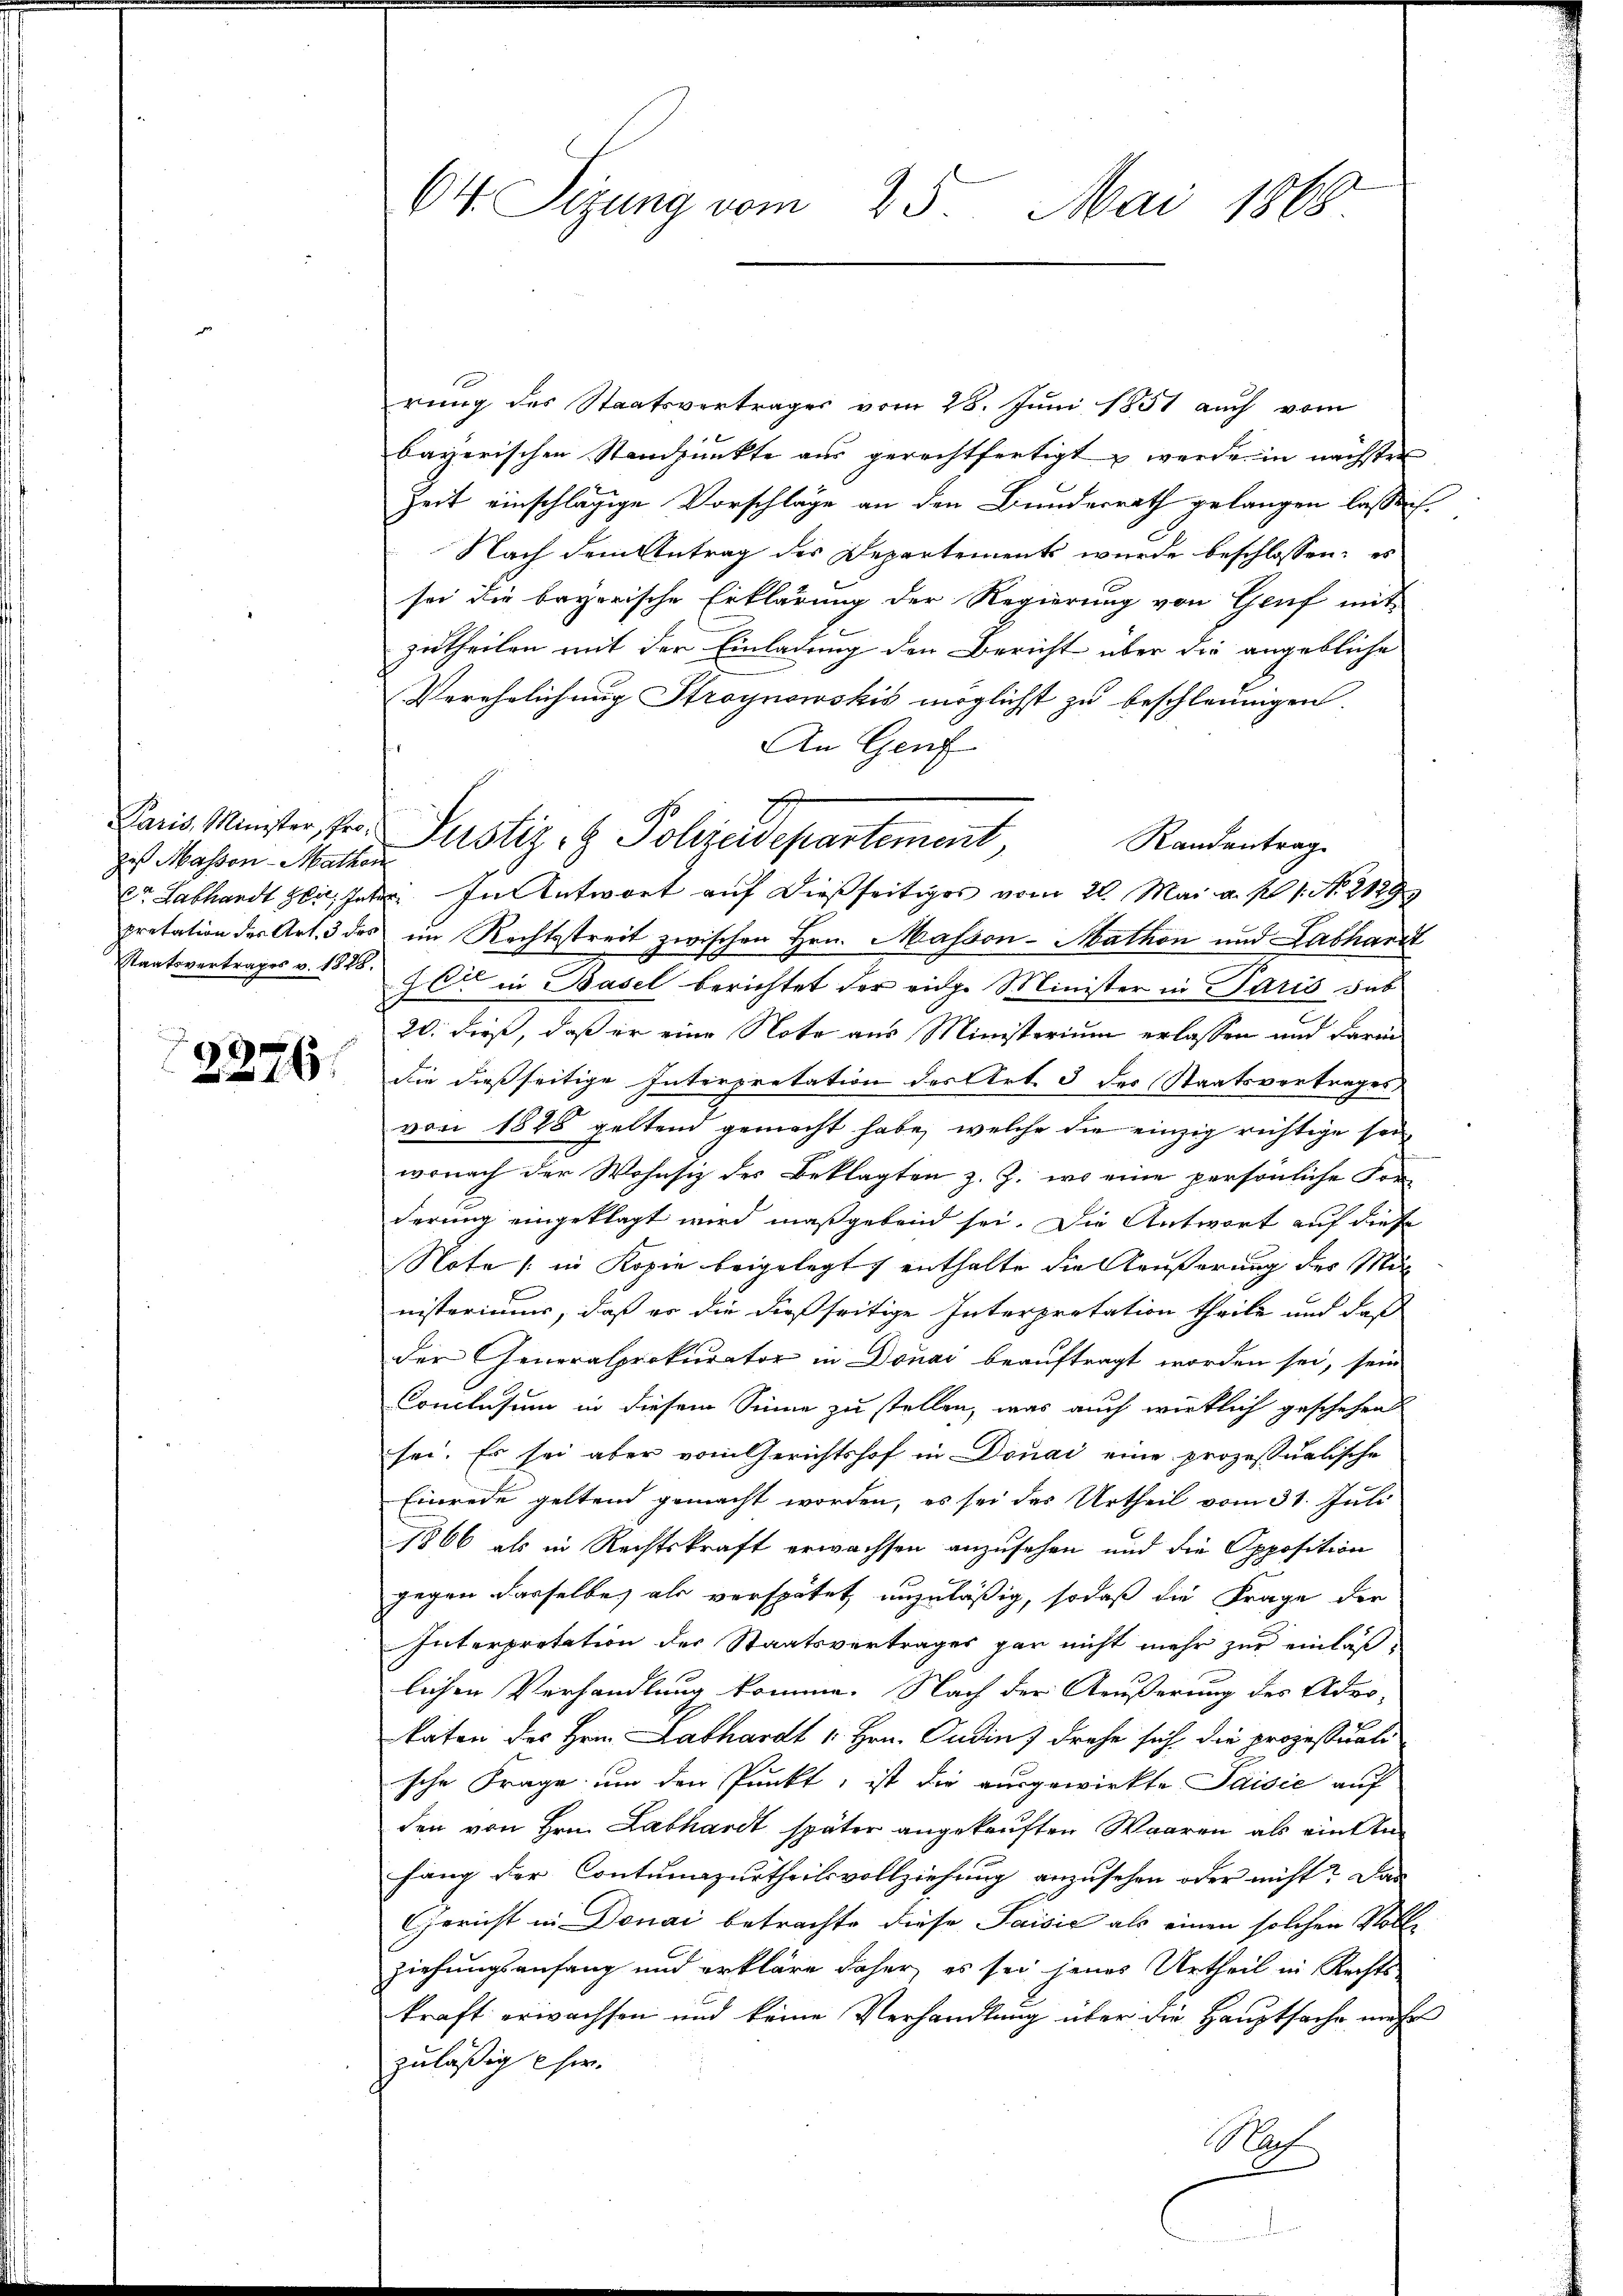
das Massen-Mathen
Staatsvertrages v. 1828.

2276.

O4 Sitzung vom 25. Mai 1868

rung des Staatsvertrages vom 28. Juni 1851 auch vom
bayerischen Standpunkte aus gerechtfertigt werde in nächster
Zeit einschlägige Vorschläge an den Bundesrath gelangen lassen.
Nach dem Antrag des Departements wurde beschlossen: es
sei die bayerische Erklärung der Regierung von Genf mit
zutheilen mit der Einladung den Bericht über die angebliche
Verehelichung Stroynowskis möglichst zu beschleunigen.
An Genf
pretation der Art. 3 des im Rechtsstreit zwischen Hrn. Massen-Mathon und Labhardt
er in Basel berichtet der eige Minister in Paris sub
20. dieß, daß er eine Note aus Ministerium erlassen und darin
die dießseitige Interpretation des Art. 3 des Staatsvertrages
von 1828 geltend gemacht habe, welche die einzig richtige sei
wonach der Wohnsiz des Beklagten z. Z. wo eine persönliche Forderung eingeklagt wird maßgebend sei. Die Antwort auf diese
Note (in Kopie beigelegt, enthalte die Aeußerung des Mit
nisteriums, daß es die dießseitige Interpretation theile und daß
der Generalprokurator in Donai beauftragt worden sei, sein
Conclusum in diesem Sinne zu stellen, was auch wirklich geschehen
sei. Es sei aber vom Gerichtshof in Donai eine prozessualische
Einrede geltend gemacht worden, es sei das Urtheil vom 31. Juli
1866 als in Rechtskraft erwachsen anzusehen und die Opposition
gegen dasselbe als verspätet unzuläßig, sodaß die Frage der
Interpretation des Staatsvertrages gar nicht mehr zur einlaßlichen Verhandlung komme. Nach der Aeußerung des Advokaten des Hrn. Labhardt 1. Hrn. Ondin drehe sich die prozessuale
sche Frage um den Punkt, ist die ausgewirkte Jaisić auf
den von Hrn. Labhardt später angekauften Waaren als eintenhang der Contumazurtheilsvollziehung anzusehen oder nicht? Das
Gericht in Donai betrachte diese Saisić als einen solchen Voll-
ziehungsanfang und erkläre daher, es sei jenes Urtheil in Rechts-
kraft erwachsen und keine Verhandlung über die Hauptsache mehr
zuläßig her.
Nach

Paris Minister, pr Justiz- & Polizeidepartement
Randantrag
Dr. Labhardt sei, hat. In Antwort auf dießseitiges vom 20. Mai a. p. 1. No. 2129